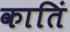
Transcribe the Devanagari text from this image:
कातिं